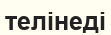
телінеді